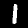
Label: 1